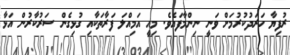
ރުފިޔާ ހަރަދުކުރުމަށް ވަނީ ނިންމާފައެވެ. މިއީ އަމިއްލަ ފަރާތަކާއި ގުޅިގެން ސަރުކާރުން އަޅާ